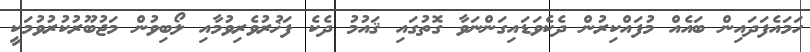
ހަމައެފަދައިން ބައެއް މުފައްކިރުން ދެކެވަޑައިގަންނަވާ ގޮތުގައި ޤައުމު ދެކެ ފަޚުރުވެރިވުމާއި ލޯބިވުން މަޖުބޫރުކުރުވުމަކީ